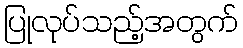
ပြုလုပ်သည့်အတွက်